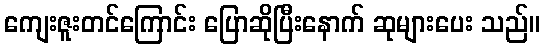
ကျေးဇူးတင်ကြောင်း ပြောဆိုပြီးနောက် ဆုများပေး သည်။